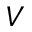
V